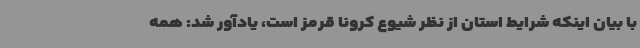
با بیان اینکه شرایط استان از نظر شیوع کرونا قرمز است، یادآور شد: همه